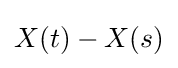
X(t)-X(s)